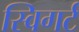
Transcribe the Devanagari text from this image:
स्विगर्ट